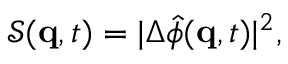
\mathcal { S } ( \mathbf { q } , t ) = | \Delta \hat { \phi } ( \mathbf { q } , t ) | ^ { 2 } ,